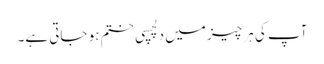
آپ کی ہر چیز میں دلچسپی ختم ہو جاتی ہے۔